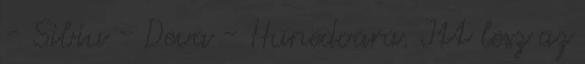
- Sibiu - Deva - Hunedoara. Itt lesz az